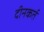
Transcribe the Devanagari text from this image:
दीनकर्त